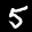
Label: 5